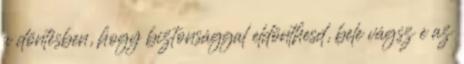
a döntésben, hogy biztonsággal eldönthesd, bele vágsz e az